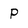
Character: p